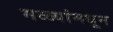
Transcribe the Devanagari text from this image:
मळ्यांमधून